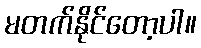
မတက်နိုင်တော့ပါ။